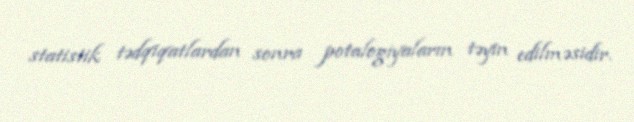
statistik tədqiqatlardan sonra potalogiyaların təyin edilməsidir.